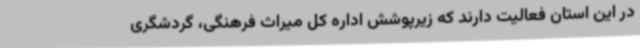
در این استان فعالیت دارند که زیرپوشش اداره کل میراث فرهنگی، گردشگری